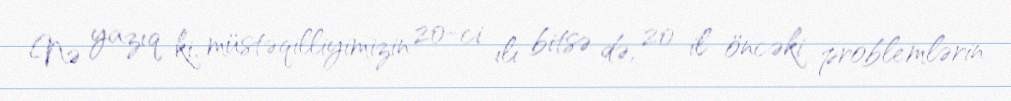
Nə yazıq ki, müstəqilliyimizin 20-ci ili bitsə də, 20 il öncəki problemlərin